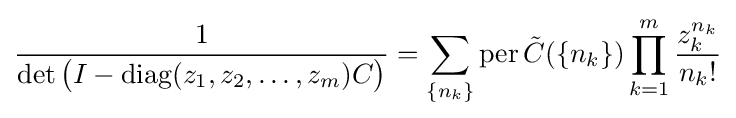
{\frac {1}{\det {\big (}I-{\textrm {diag}}(z_{1},z_{2},\ldots ,z_{m})C{\big )}}}=\sum _{\{n_{k}\}}\operatorname {per} {\tilde {C}}(\{n_{k}\})\prod _{k=1}^{m}{\frac {z_{k}^{n_{k}}}{n_{k}!}}